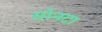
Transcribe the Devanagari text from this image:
सोनटा